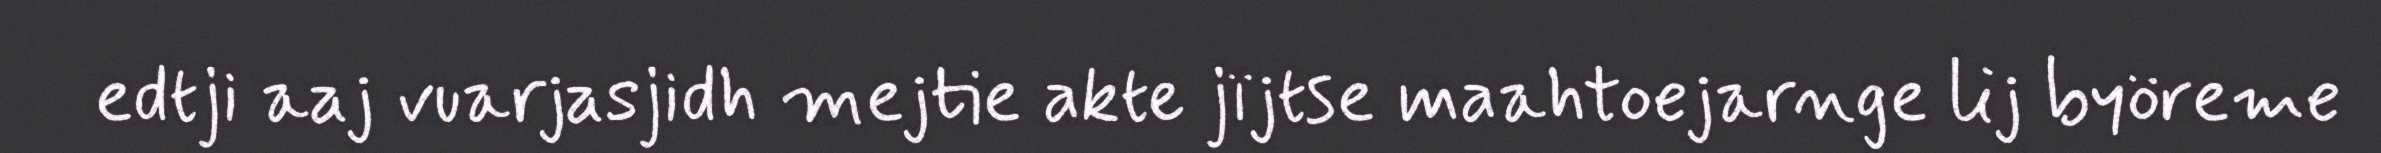
edtji aaj vuarjasjidh mejtie akte jïjtse maahtoejarnge lij byöreme